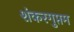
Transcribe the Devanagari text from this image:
शंकरगुप्तम